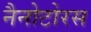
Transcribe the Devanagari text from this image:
नैनोटोरस